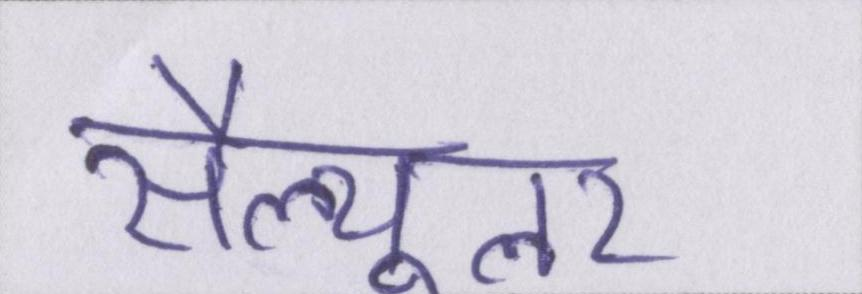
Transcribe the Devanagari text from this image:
सैल्यूलर